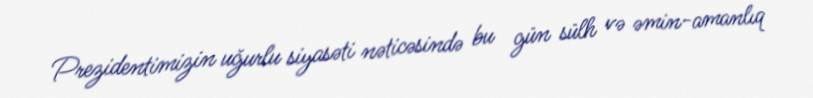
Prezidentimizin uğurlu siyasəti nəticəsində bu gün sülh və əmin-amanlıq